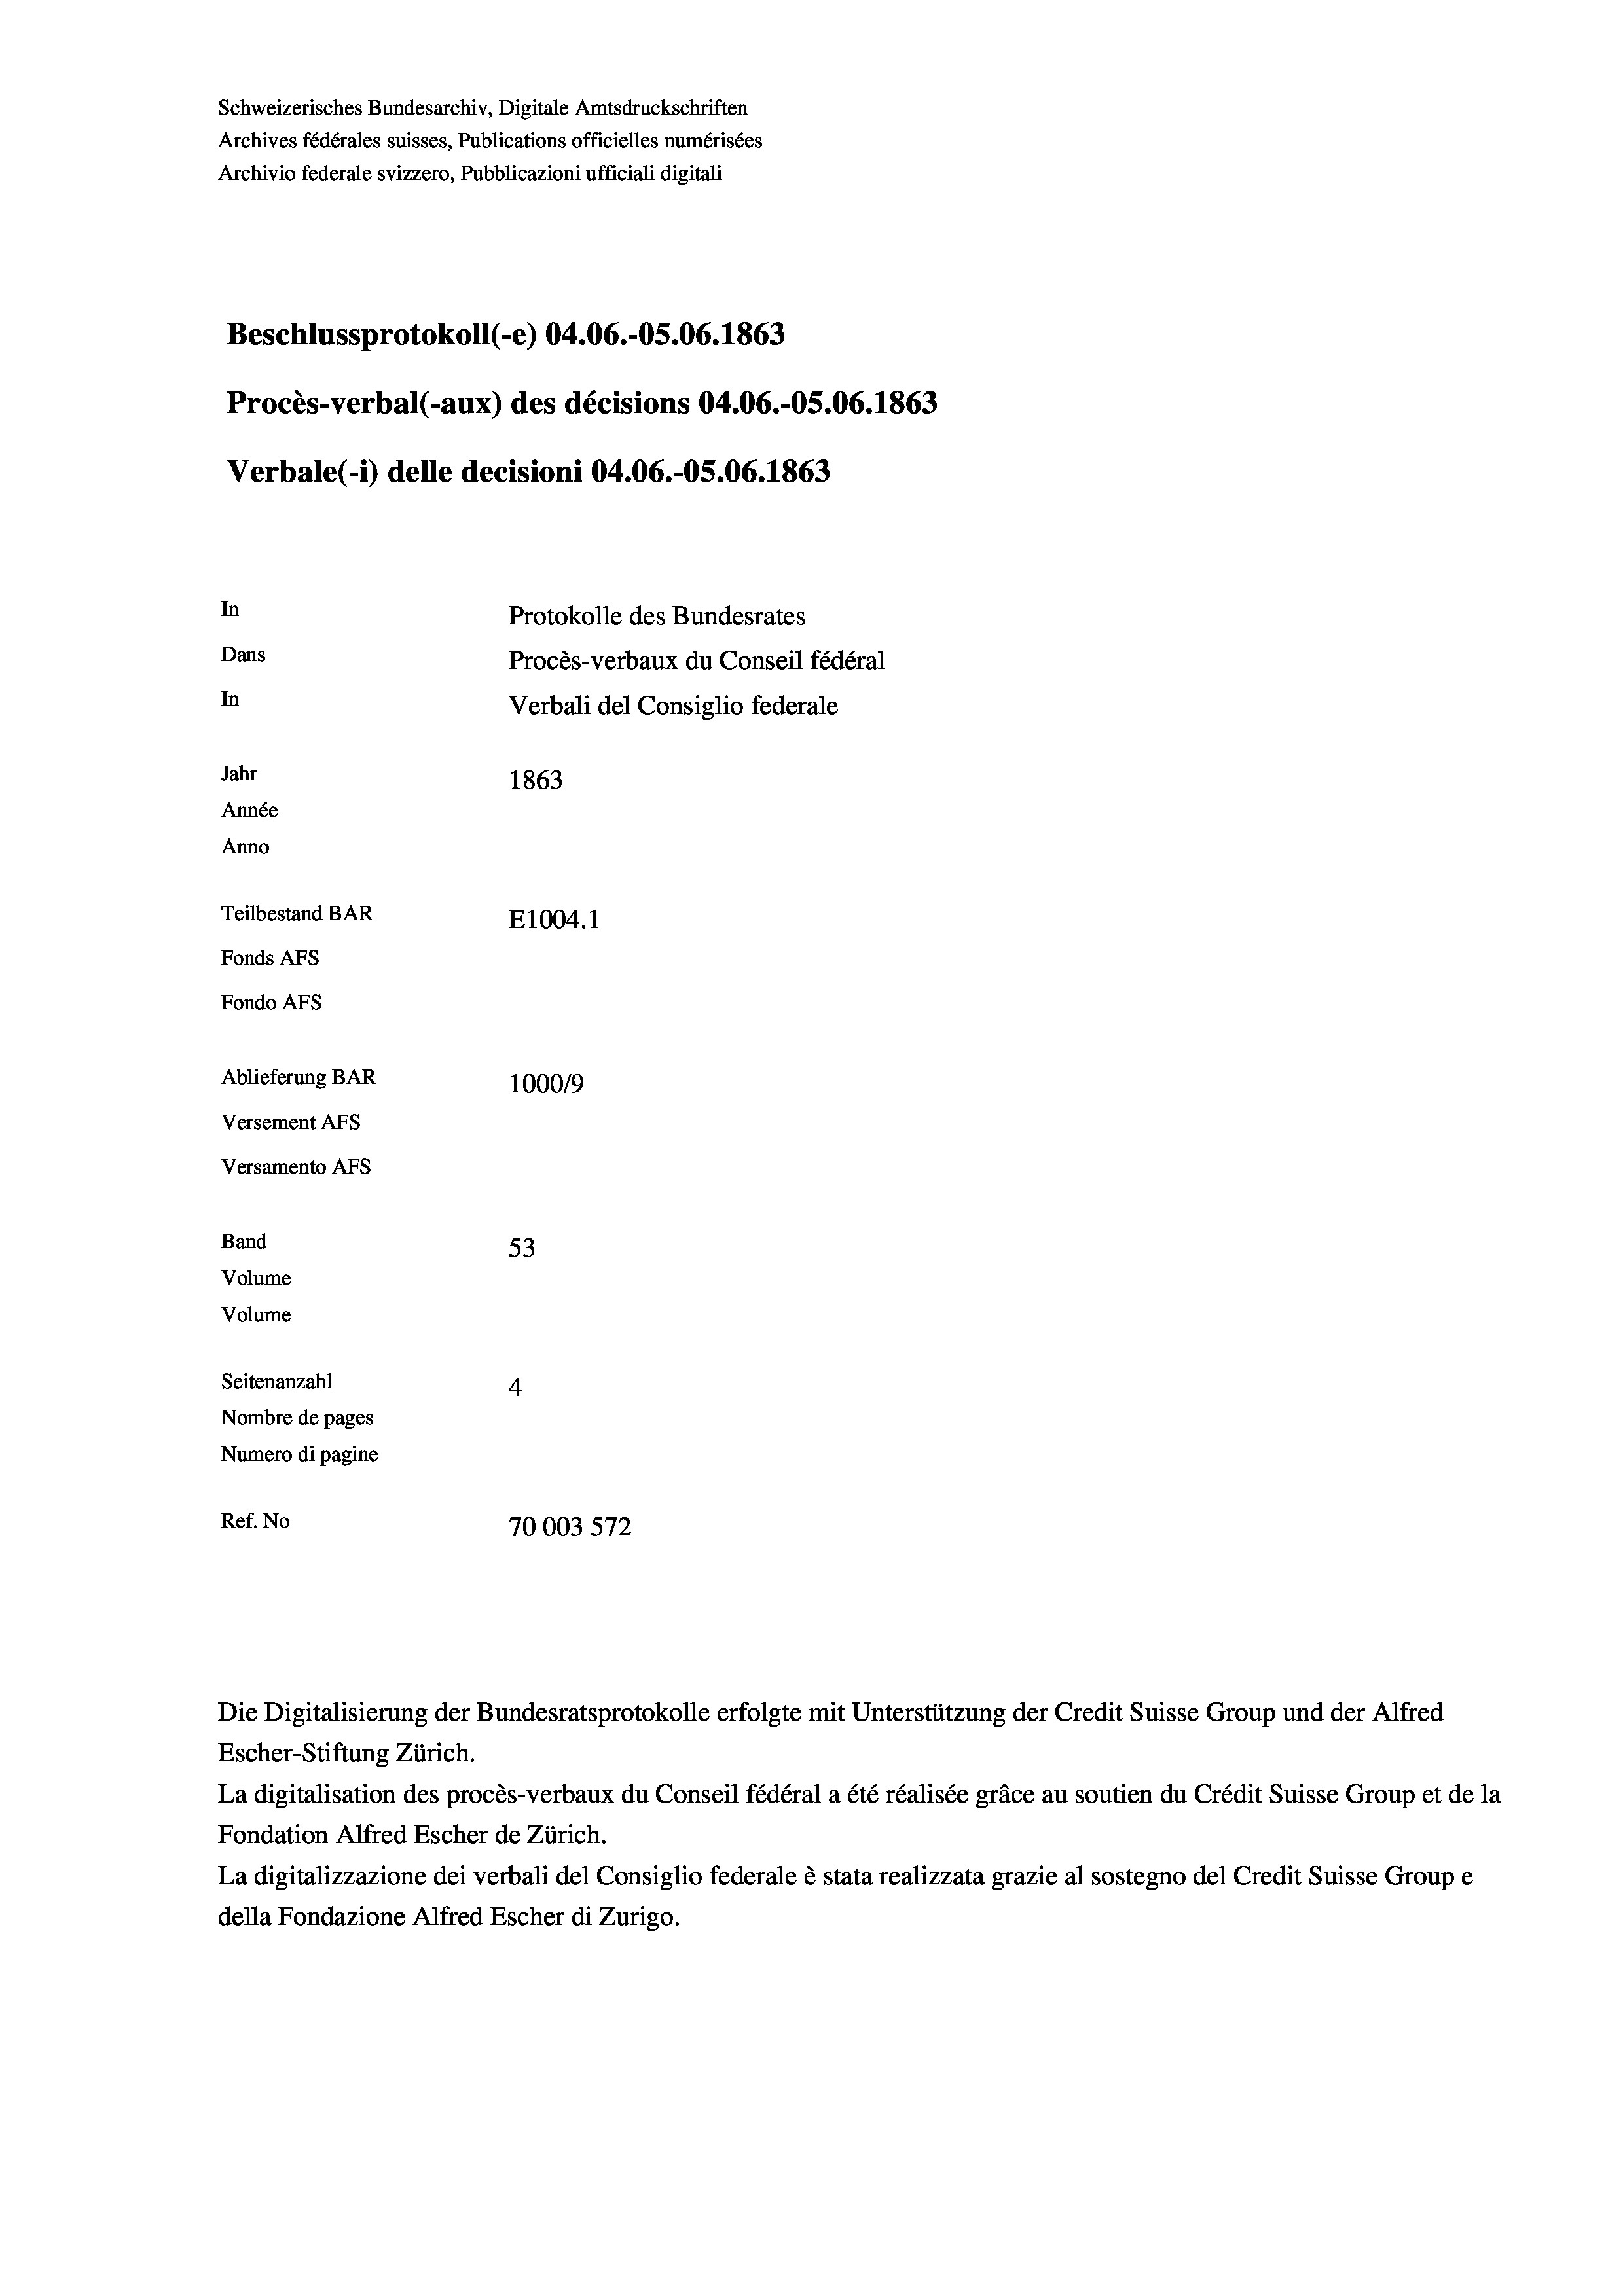
Schweizerisches Bundesarchiv, Digitale Amtsdruckschriften
Archives fédérales suisses, Publications officielles numérisées
Archivio federale svizzero, Pubblicazioni ufficiali digitali
Beschlussprotokoll (e) 04.06.-OS.06. 1863
Procès-verbal (-aux) des décisions 04.06.-OS.06. 1863
Verbale (- 1) delle decisioni 04.06.-OS.06. 1863
In
Protokolle des Bundesrates
Dans
Procès-verbaux du Conseil fédéral
In
Verbali del Consiglio federale
Jahr
1863
Année
Anno
Teilbestand BAR
E1004.1
Fonds AFs
Fondo AFs
Ablieferung BAR
100019
Versement As
Versamento Afs
Band
53
Volume
Volume
Seitenanzahl
4
Nombre de pages
Numero di pagine
Ref. No
70003572

Escher-Stiftung Zürich.
La digitalisation des procès-verbaux du Conseil fédéral a été réalisée gräce au soutien du Crédit Suisse Group et de la
Fondation Alfred Escher de Zürich.
La digitalizzazione dei verbali del Consiglio federale è stata realizzata grazie al sostegno del Credit Suisse Groupe
della Fondazione Alfred Escher di Zurigo.

Die Digitalisierung der Bundesratsprotokolle erfolgte mit Unterstützung der Credit Suisse Group und der Alfred